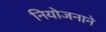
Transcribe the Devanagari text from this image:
नियोजनाने